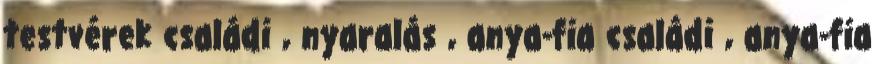
testvérek családi , nyaralás , anya-fia családi , anya-fia